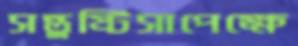
সন্তুষ্টিসাপেক্ষে